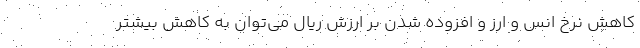
کاهش نرخ انس و ارز و افزوده شدن بر ارزش ریال می‌توان به کاهش بیشتر